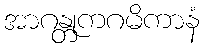
အာဂန္တုကဂမိကာနံ